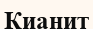
Кианит